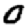
Digit: 0